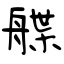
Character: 艓